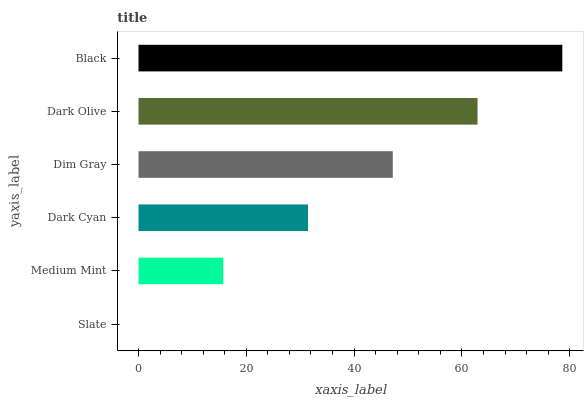
| yaxis_label | bars |
 | --- | --- |
 | Slate | 0 |
 | Medium Mint | 15.7 |
 | Dark Cyan | 31.5 |
 | Dim Gray | 47.2 |
 | Dark Olive | 62.9 |
 | Black | 78.6 |